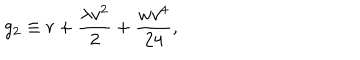
LaTeX: g _ { 2 } \equiv r + \frac { \lambda v ^ { 2 } } { 2 } + \frac { w v ^ { 4 } } { 2 4 } ,